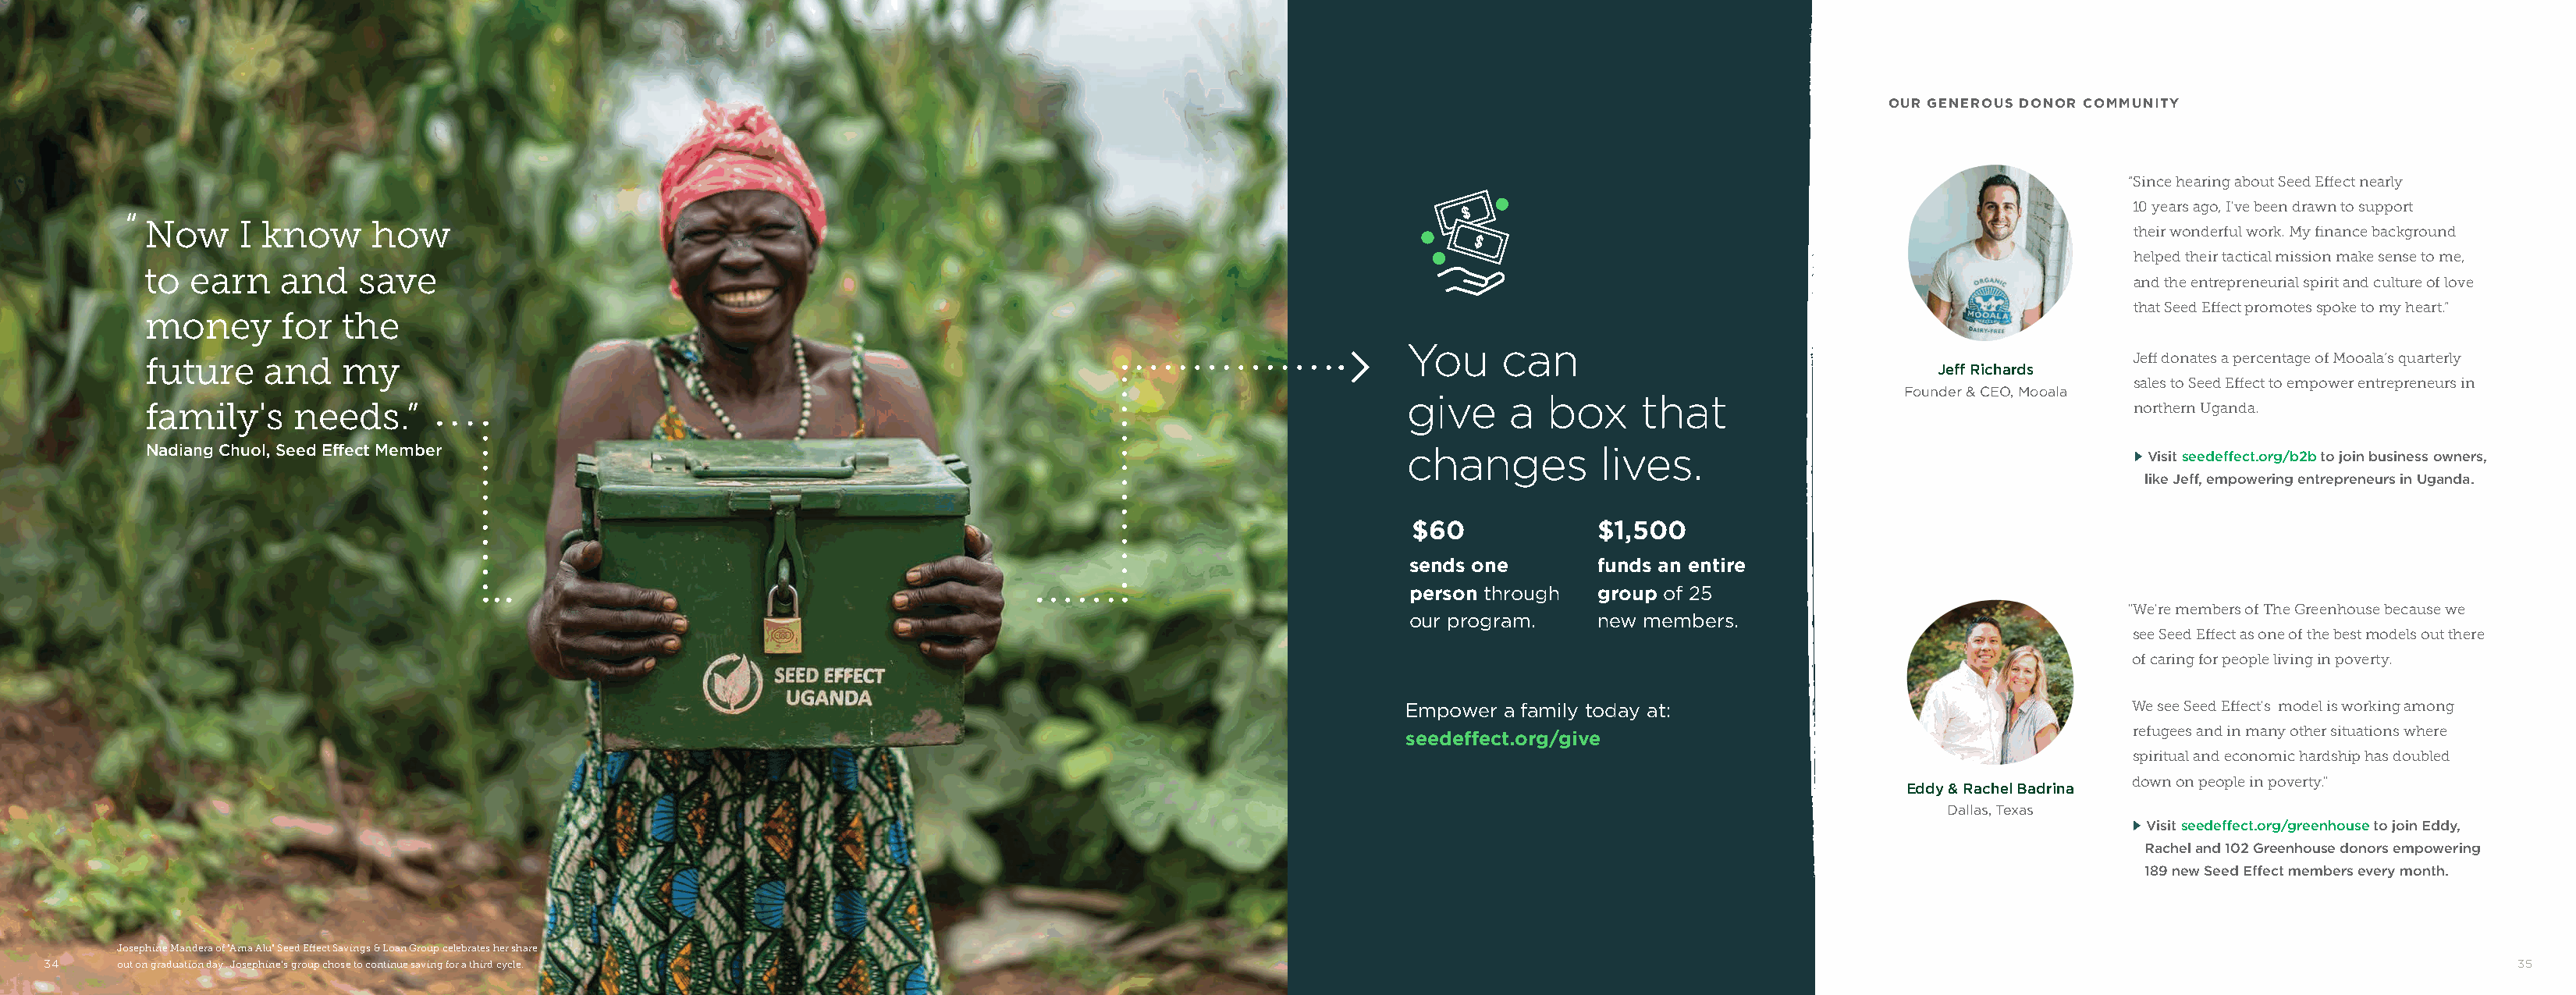
OUR GENEROUS DONOR COMMUNITY
 “Since hearing about Seed Effect nearly
 10 years ago, I've been drawn to support
 “
 Now     I know      how
 their wonderful work. My finance background
 helped their tactical mission make sense to me,
 to  earn    and   save
 and the entrepreneurial spirit and culture of love
 that Seed Effect promotes spoke to my heart.”
 money       for  the
 You     can
 future    and    my                                                                                                                                                      Jeff donates a percentage of Mooala’s quarterly
 Jeff Richards
 sales to Seed Effect to empower entrepreneurs in
 Founder & CEO, Mooala
 give     a  box     that
 family's     needs.”                                                                                                                                                     northern Uganda.
 Nadiang Chuol, Seed Effect Member                                                                          changes          lives.
 m Visit seedeffect.org/b2b to join business owners,
 like Jeff, empowering entrepreneurs in Uganda.
 $60            $1,500
 sends one       funds an entire
 person through  group of 25
 "We're members of The Greenhouse because we
 our program.    new members.
 see Seed Effect as one of the best models out there
 of caring for people living in poverty.
 Empower  a family today at:                                   We see Seed Effect's model is working among
 refugees and in many other situations where
 seedeffect.org/give
 spiritual and economic hardship has doubled
 down on people in poverty."
 Eddy & Rachel Badrina
 Dallas, Texas
 m Visit seedeffect.org/greenhouse to join Eddy,
 Rachel and 102 Greenhouse donors empowering
 189 new Seed Effect members every month.
 Josephine Mandera of "Ama Alu" Seed Effect Savings & Loan Group celebrates her share
 3344  out on graduation day . Josephine's group chose to continue saving for a third cycle.                                                                                                                       35